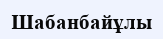
Шабанбайұлы